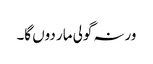
ورنہ گولی مار دوں گا۔